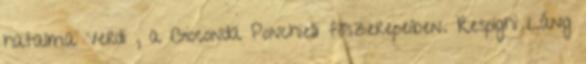
hatalma Verdi , a Gioconda Ponchielli főszerepeiben. Respighi Láng